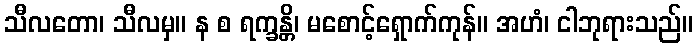
သီလတော၊ သီလမှ။ န စ ရက္ခန္တိ၊ မစောင့်ရှောက်ကုန်။ အဟံ၊ ငါဘုရားသည်။